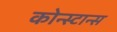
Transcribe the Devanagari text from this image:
कोन्स्टान्स